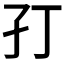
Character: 𭒶